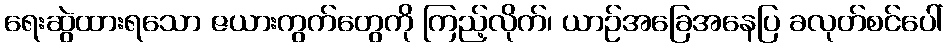
ရေးဆွဲထားရသော ဇယားကွက်တွေကို ကြည့်လိုက်၊ ယာဉ်အခြေအနေပြ ခလုတ်စင်ပေါ်